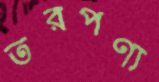
তরপণ্য